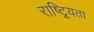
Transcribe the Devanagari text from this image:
राष्ट्र्यिता